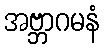
အဗ္ဘာဂမနံ